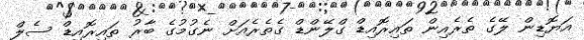
އަޔޮޑިން ލޭގެ ތެރެއިން ތައިރޮއިޑް ގްލޭންޑް ގެތެރެއަށް ނެގުމުގެ ބާރު ތައިރޮއިޑް ސެލް